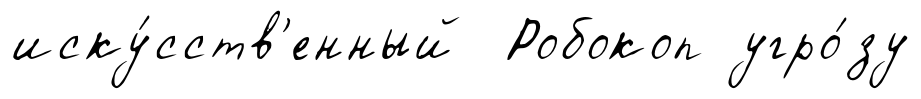
иску́сств'енный Робокоп угро́зу